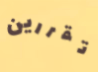
تقررين